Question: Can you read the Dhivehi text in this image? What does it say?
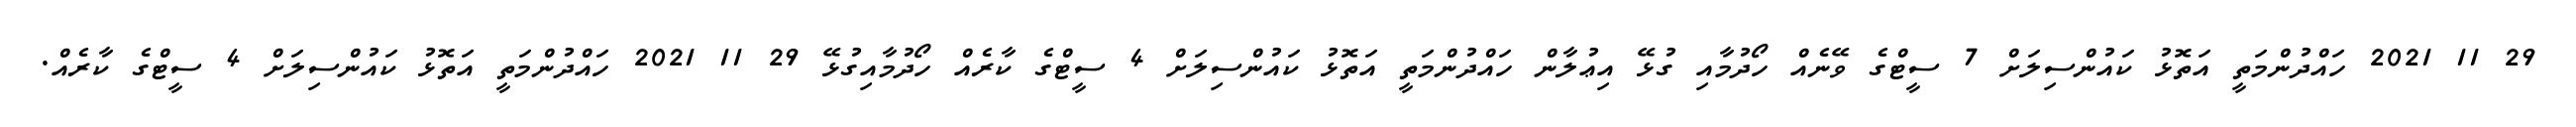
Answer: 29 11 2021 ހައްދުންމަތީ އަތޮޅު ކައުންސިލަށް 7 ސީޓްގެ ވޭނެއް ހޯދުމާއި ގުޅޭ އިޢުލާން ހައްދުންމަތީ އަތޮޅު ކައުންސިލަށް 4 ސީޓްގެ ކާރެއް ހޯދުމާއިގުޅޭ 29 11 2021 ހައްދުންމަތީ އަތޮޅު ކައުންސިލަށް 4 ސީޓްގެ ކާރެއް.